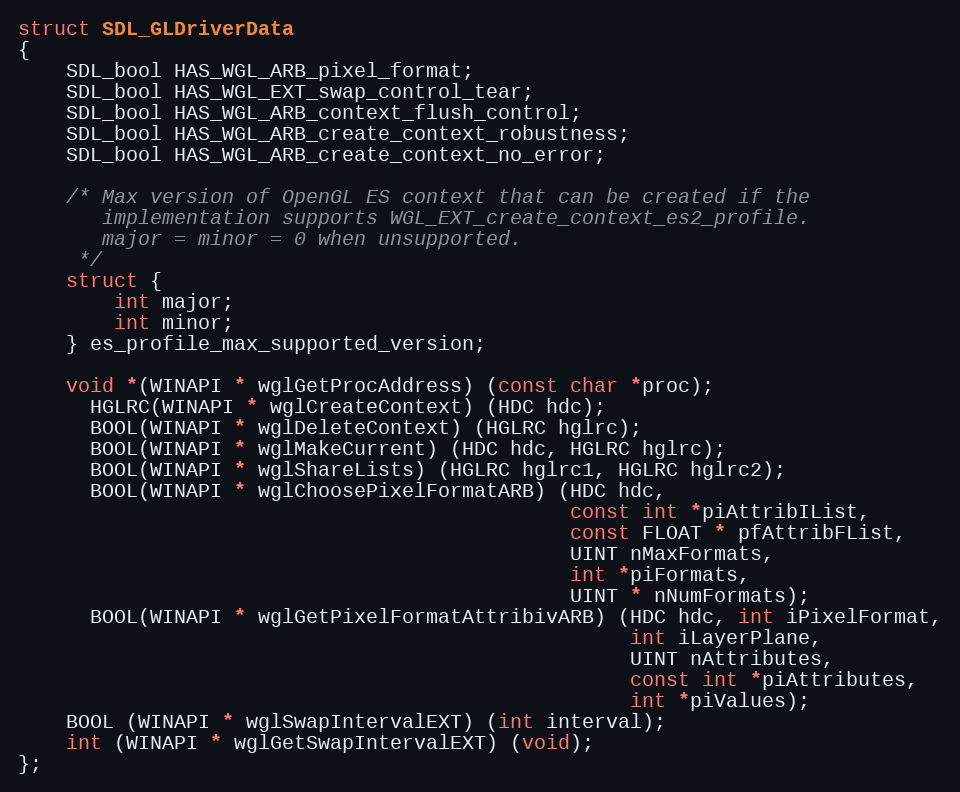
Language: C
struct SDL_GLDriverData
{
    SDL_bool HAS_WGL_ARB_pixel_format;
    SDL_bool HAS_WGL_EXT_swap_control_tear;
    SDL_bool HAS_WGL_ARB_context_flush_control;
    SDL_bool HAS_WGL_ARB_create_context_robustness;
    SDL_bool HAS_WGL_ARB_create_context_no_error;

	/* Max version of OpenGL ES context that can be created if the
	   implementation supports WGL_EXT_create_context_es2_profile.
	   major = minor = 0 when unsupported.
	 */
	struct {
		int major;
		int minor;
	} es_profile_max_supported_version;

	void *(WINAPI * wglGetProcAddress) (const char *proc);
      HGLRC(WINAPI * wglCreateContext) (HDC hdc);
      BOOL(WINAPI * wglDeleteContext) (HGLRC hglrc);
      BOOL(WINAPI * wglMakeCurrent) (HDC hdc, HGLRC hglrc);
      BOOL(WINAPI * wglShareLists) (HGLRC hglrc1, HGLRC hglrc2);
      BOOL(WINAPI * wglChoosePixelFormatARB) (HDC hdc,
                                              const int *piAttribIList,
                                              const FLOAT * pfAttribFList,
                                              UINT nMaxFormats,
                                              int *piFormats,
                                              UINT * nNumFormats);
      BOOL(WINAPI * wglGetPixelFormatAttribivARB) (HDC hdc, int iPixelFormat,
                                                   int iLayerPlane,
                                                   UINT nAttributes,
                                                   const int *piAttributes,
                                                   int *piValues);
    BOOL (WINAPI * wglSwapIntervalEXT) (int interval);
    int (WINAPI * wglGetSwapIntervalEXT) (void);
};